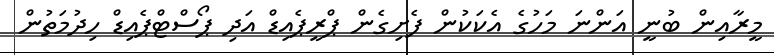
މީރާއިން ބުނީ އަންނަ މަހުގެ އެކަކުން ފެށިގެން ޕްރީޕެއިޑް އަދި ޕޯސްޓްޕެއިޑް ހިދުމަތުން